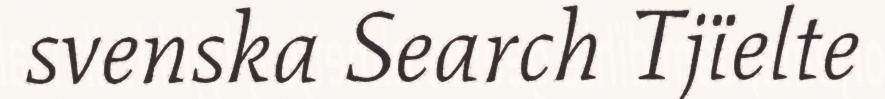
svenska Search Tjïelte